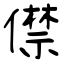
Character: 僸